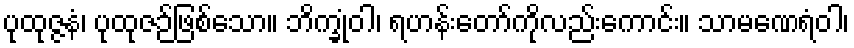
ပုထုဇ္ဇနံ၊ ပုထုဇဉ်ဖြစ်သော။ ဘိက္ခုံဝါ၊ ရဟန်းတော်ကိုလည်းကောင်း။ သာမဏေရံဝါ၊